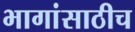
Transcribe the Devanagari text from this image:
भागांसाठीच